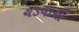
ચડવાથી